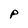
Character: P